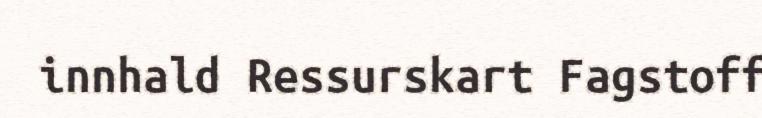
innhald Ressurskart Fagstoff